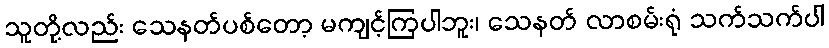
သူတို့လည်း သေနတ်ပစ်တော့ မကျင့်ကြပါဘူး၊ သေနတ် လာစမ်းရုံ သက်သက်ပါ